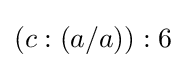
(c:(a/a)):6